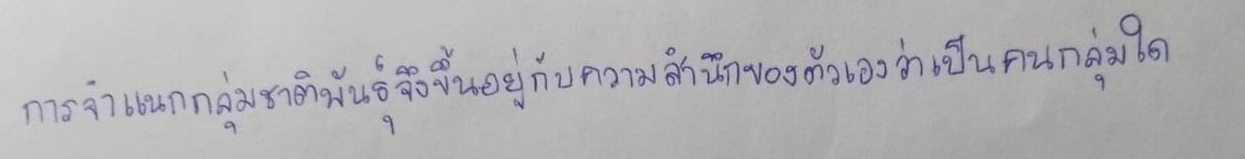
การจำแนกกลุ่มชาติพันธุ์จึงขึ้นอยู่กับความสำนึกของตัวเองว่าเป็นคนกลุ่มใด